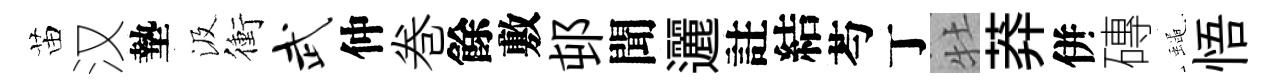
苗汉墊汲衝武仲巻餘敷邨聞邐註結芍丁牡莽併磚蠅悟